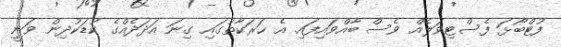
ފުޓްބޯޅަ ފެސްޓިވަލެއް ވެސް ބާއްވައިފައި. އެ ހަރަކާތުގައި ގިނަ އަދަދެއްގެ ކުޑަކުދިން ވަނީ